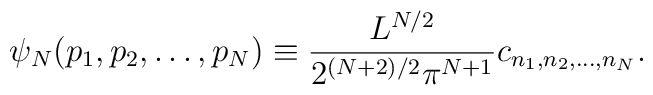
\psi_N(p_1,p_2,\dots,p_N) \equiv  \frac{L^{N/2}}{2^{(N+2)/2}\pi^{N+1}}  c_{n_1,n_2,\dots,n_N}.